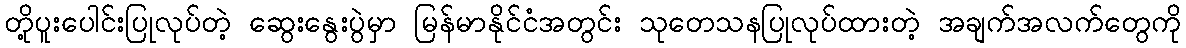
တို့ပူးပေါင်းပြုလုပ်တဲ့ ဆွေးနွေးပွဲမှာ မြန်မာနိုင်ငံအတွင်း သုတေသနပြုလုပ်ထားတဲ့ အချက်အလက်တွေကို